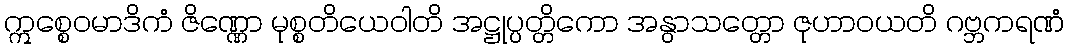
ဣစ္စေဝမာဒိကံ ဇိဏ္ဏော မုစ္စတိယေဝါတိ အဋ္ဌုပ္ပတ္တိကော အနွာသတ္တော ဇုဟာဝယတိ ဂဗ္ဘကရဏံ